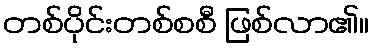
တစ်ပိုင်းတစ်စစီ ဖြစ်လာ၏။